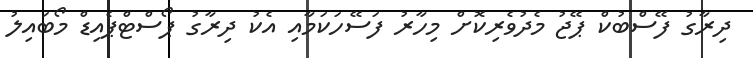
ދިރާގު ފޭސްބުކް ޕޭޖު މެދުވެރިކޮށް މިހާރު ފަސޭހަކަމާއި އެކު ދިރާގު ޕޯސްޓްޕެއިޑް މޯބައިލު